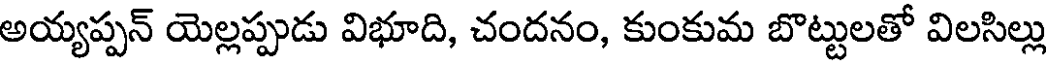
అయ్యప్పన్ యెల్లప్పుడు విభూది, చందనం, కుంకుమ బొట్టులతో విలసిల్లు